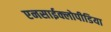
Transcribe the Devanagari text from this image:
एनसाईक्लोपीडिया